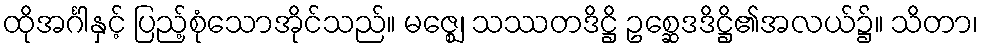
ထိုအင်္ဂါနှင့် ပြည့်စုံသောအိုင်သည်။ မဇ္ဈေ၊ သဿတဒိဋ္ဌိ ဥစ္ဆေဒဒိဋ္ဌိ၏အလယ်၌။ သိတာ၊